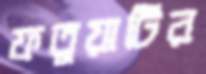
ফতুয়াটির